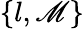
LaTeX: \{ l,\mathscr{M}\}